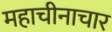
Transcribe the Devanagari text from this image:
महाचीनाचार